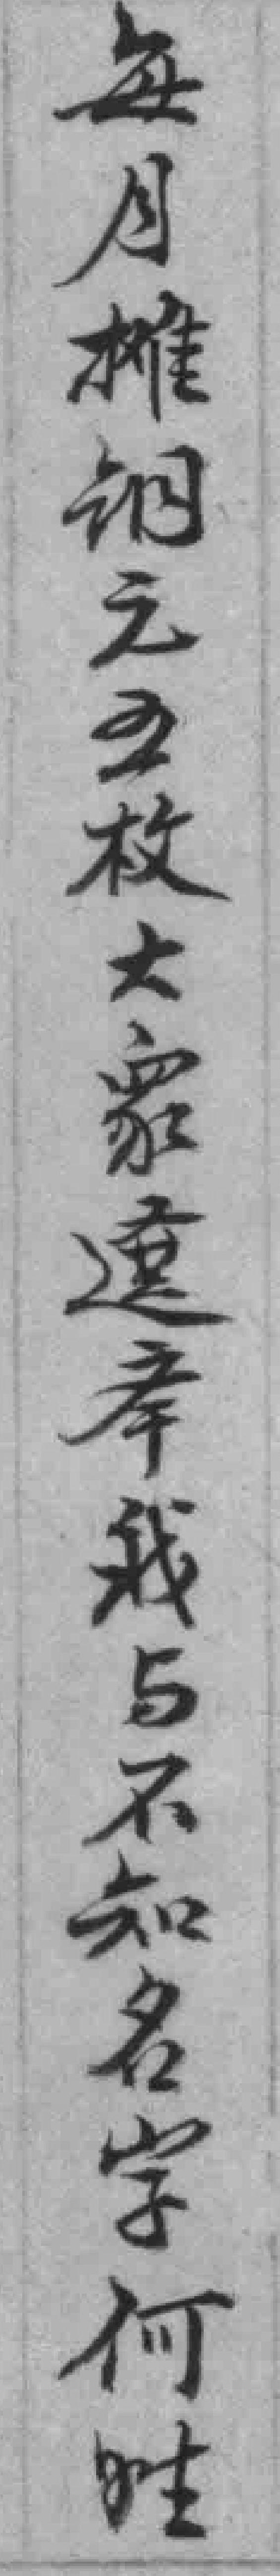
每月摊铜元五枚大衆選㪯我与不知名字何姓